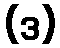
(ဒ)